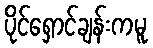
ပိုင်ရှောင်ချန်းကမူ